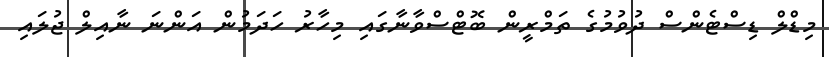
މިޑްލް ޑިސްޓެންސް ދުވުމުގެ ތަމްރީން ބޮޓްސްވާނާގައި މިހާރު ހަދަމުން އަންނަ ނާއިލް ޖުލައި